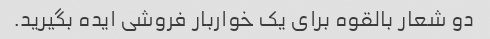
دو شعار بالقوه برای یک خواربار فروشی ایده بگیرید.